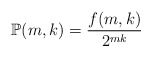
\begin{align*}\mathbb{P}(m,k) = \frac{f(m,k)}{2^{mk}}\end{align*}